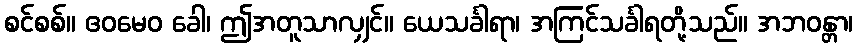
စင်စစ်။ ဧဝမေဝ ခေါ၊ ဤအတူသာလျှင်။ ယေသင်္ခါရာ၊ အကြင်သင်္ခါရတို့သည်။ အဘဝန္တာ၊